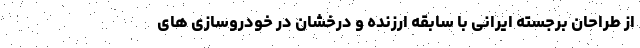
از طراحان برجسته ایرانی با سابقه ارزنده و درخشان در خودروسازی های